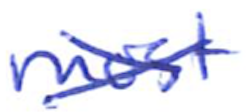
Text: most
Cross-out: mix
Writing tool: ballpoint